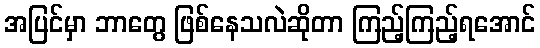
အပြင်မှာ ဘာတွေ ဖြစ်နေသလဲဆိုတာ ကြည့်ကြည့်ရအောင်